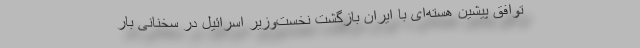
توافق پیشین هسته‌ای با ایران بازگشت نخست‌وزیر اسرائیل در سخنانی بار